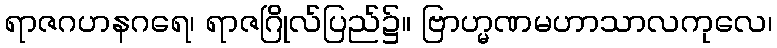
ရာဇဂဟနဂရေ၊ ရာဇဂြိုလ်ပြည်၌။ ဗြာဟ္မဏမဟာသာလကုလေ၊